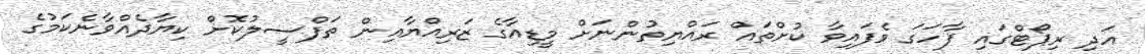
އަދި ރިޕޯޓްގައި ފާހަގަ ވެފައިވާ ކުށްތައް ރައްޔިތުންނަށް މީޑިއާގެ ޒަރިއްޔާއިން ތަފްސީލުކޮށް ކިޔާދެއްވާނެކަމުގެ